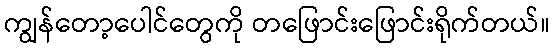
ကျွန်တော့ပေါင်တွေကို တဖြောင်းဖြောင်းရိုက်တယ်။